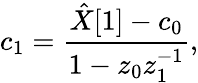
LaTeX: c_{1}={\frac{{\hat{X}}[1]-c_{0}}{1-z_{0}z_{1}^{-1}}},